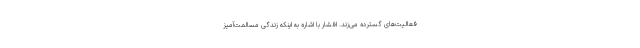
فعالیت‌های گسترده می‌زند. افشار با اشاره به اینکه زندگی مسالمت‌آمیز